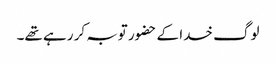
لوگ خدا کے حضور توبہ کر رہے تھے۔